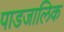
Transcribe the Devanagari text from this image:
पाडजालिक